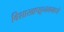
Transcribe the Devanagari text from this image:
विशाखापट्टनममध्ये